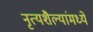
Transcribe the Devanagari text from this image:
नृत्यशैल्यांमध्ये